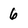
Character: 6